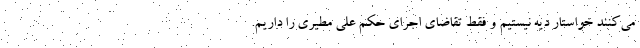
می‌کنند خواستار دیه نیستیم و فقط تقاضای اجرای حکم علی مطیری را داریم.